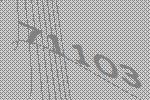
71103